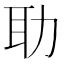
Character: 𦔳